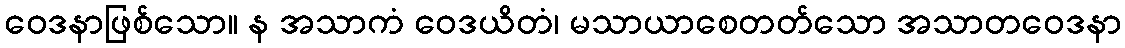
ဝေဒနာဖြစ်သော။ န အသာကံ ဝေဒယိတံ၊ မသာယာစေတတ်သော အသာတဝေဒနာ